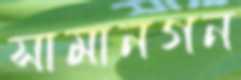
সামানগন